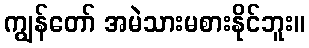
ကျွန်တော် အမဲသားမစားနိုင်ဘူး။